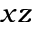
x z